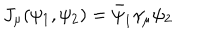
LaTeX: J _ { \mu } ( \psi _ { 1 } , \psi _ { 2 } ) = \bar { \psi } _ { 1 } \gamma _ { \mu } \psi _ { 2 }